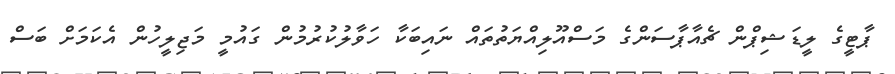
ޕާޓީގެ ލީޑަޝިޕްން ޗެއާޕާސަންގެ މަސްއޫލިއްޔަތުތައް ނައިބަކާ ހަވާލުކުރުމުން ގައުމީ މަޖިލީހުން އެކަމަށް ބަސް